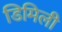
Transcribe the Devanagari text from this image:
डिमिली